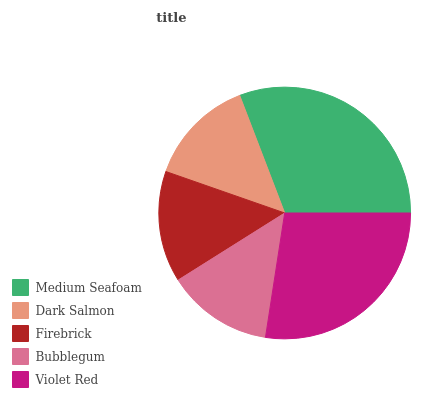
| Medium Seafoam | Dark Salmon | Firebrick | Bubblegum | Violet Red |
 | --- | --- | --- | --- | --- |
 | 30.9% | 13.8% | 14.3% | 13.6% | 27.4% |